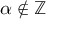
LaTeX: \alpha \not \in \mathbb { Z }